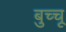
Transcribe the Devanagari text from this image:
बुच्चू